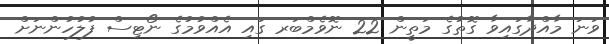
ވަނަ މާއްދާގައިވާ ގޮތުގެ މަތީން 22 ނޮވެމްބަރ ގައި އެއްވުމުގެ ނޯޓިސް ފުލުހުންނަށް